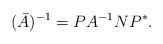
LaTeX: \begin{align*}(\bar{A})^{-1} = PA^{-1} N P^*.\end{align*}